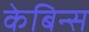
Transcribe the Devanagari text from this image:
केबिन्स